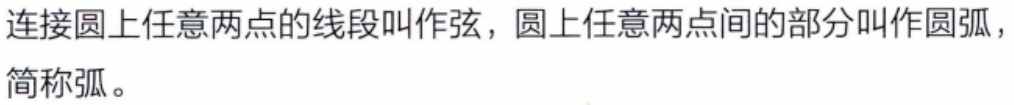
连接圆上任意两点的线段叫作弦，圆上任意两点间的部分叫作圆弧，简称弧。